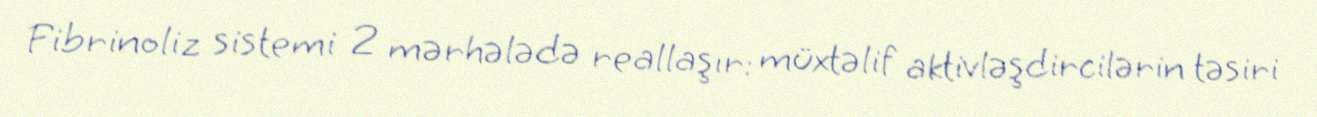
Fibrinoliz sistemi 2 mərhələdə reallaşır: müxtəlif aktivləşdircilərin təsiri